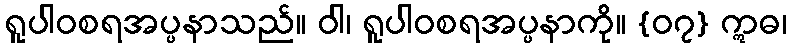
ရူပါဝစရအပ္ပနာသည်။ ဝါ၊ ရူပါဝစရအပ္ပနာကို။ {၀၇} ဣဓ၊